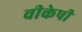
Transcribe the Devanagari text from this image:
वीकेपी